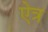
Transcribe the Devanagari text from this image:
ऐत्र